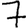
Digit: 7